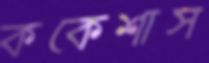
ককেশাস